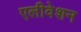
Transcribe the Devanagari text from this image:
एलीवेशन